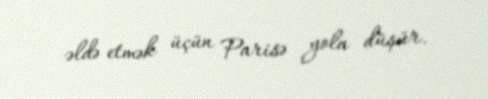
əldə etmək üçün Parisə yola düşür.